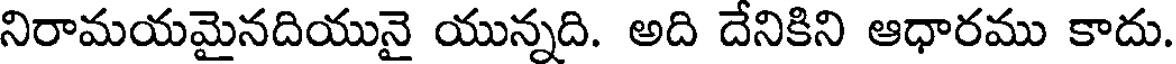
నిరామయమైనదియునై యున్నది. అది దేనికిని ఆధారము కాదు.